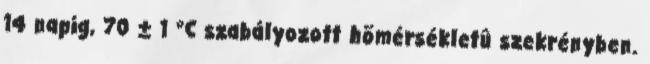
14 napig, 70 ± 1 °C szabályozott hõmérsékletû szekrényben.